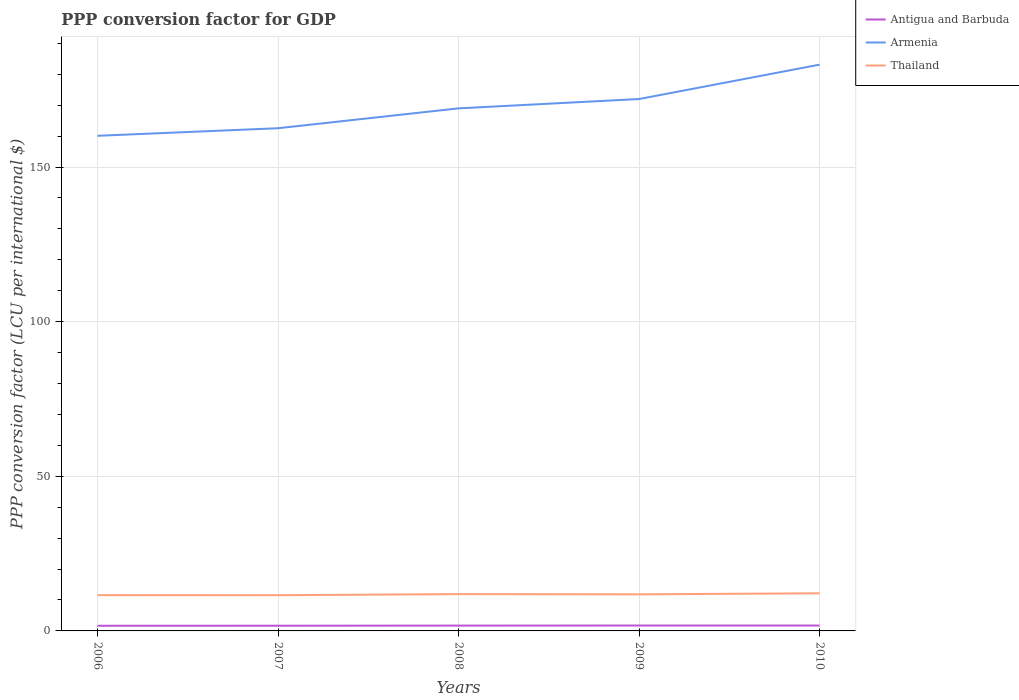
| Years | Antigua and Barbuda | Armenia | Thailand |
 | --- | --- | --- | --- |
 | 2006 | 1.67 | 160 | 11.6 |
 | 2007 | 1.68 | 163 | 11.5 |
 | 2008 | 1.72 | 169 | 11.9 |
 | 2009 | 1.74 | 172 | 11.8 |
 | 2010 | 1.74 | 183 | 12.2 |